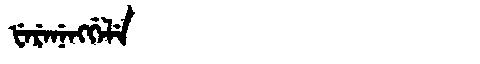
Manchu: ᡶᡝᡵᡝᠨᡝᠩᡤᡝᠯᡝ
Romanization: FERENENGGELE